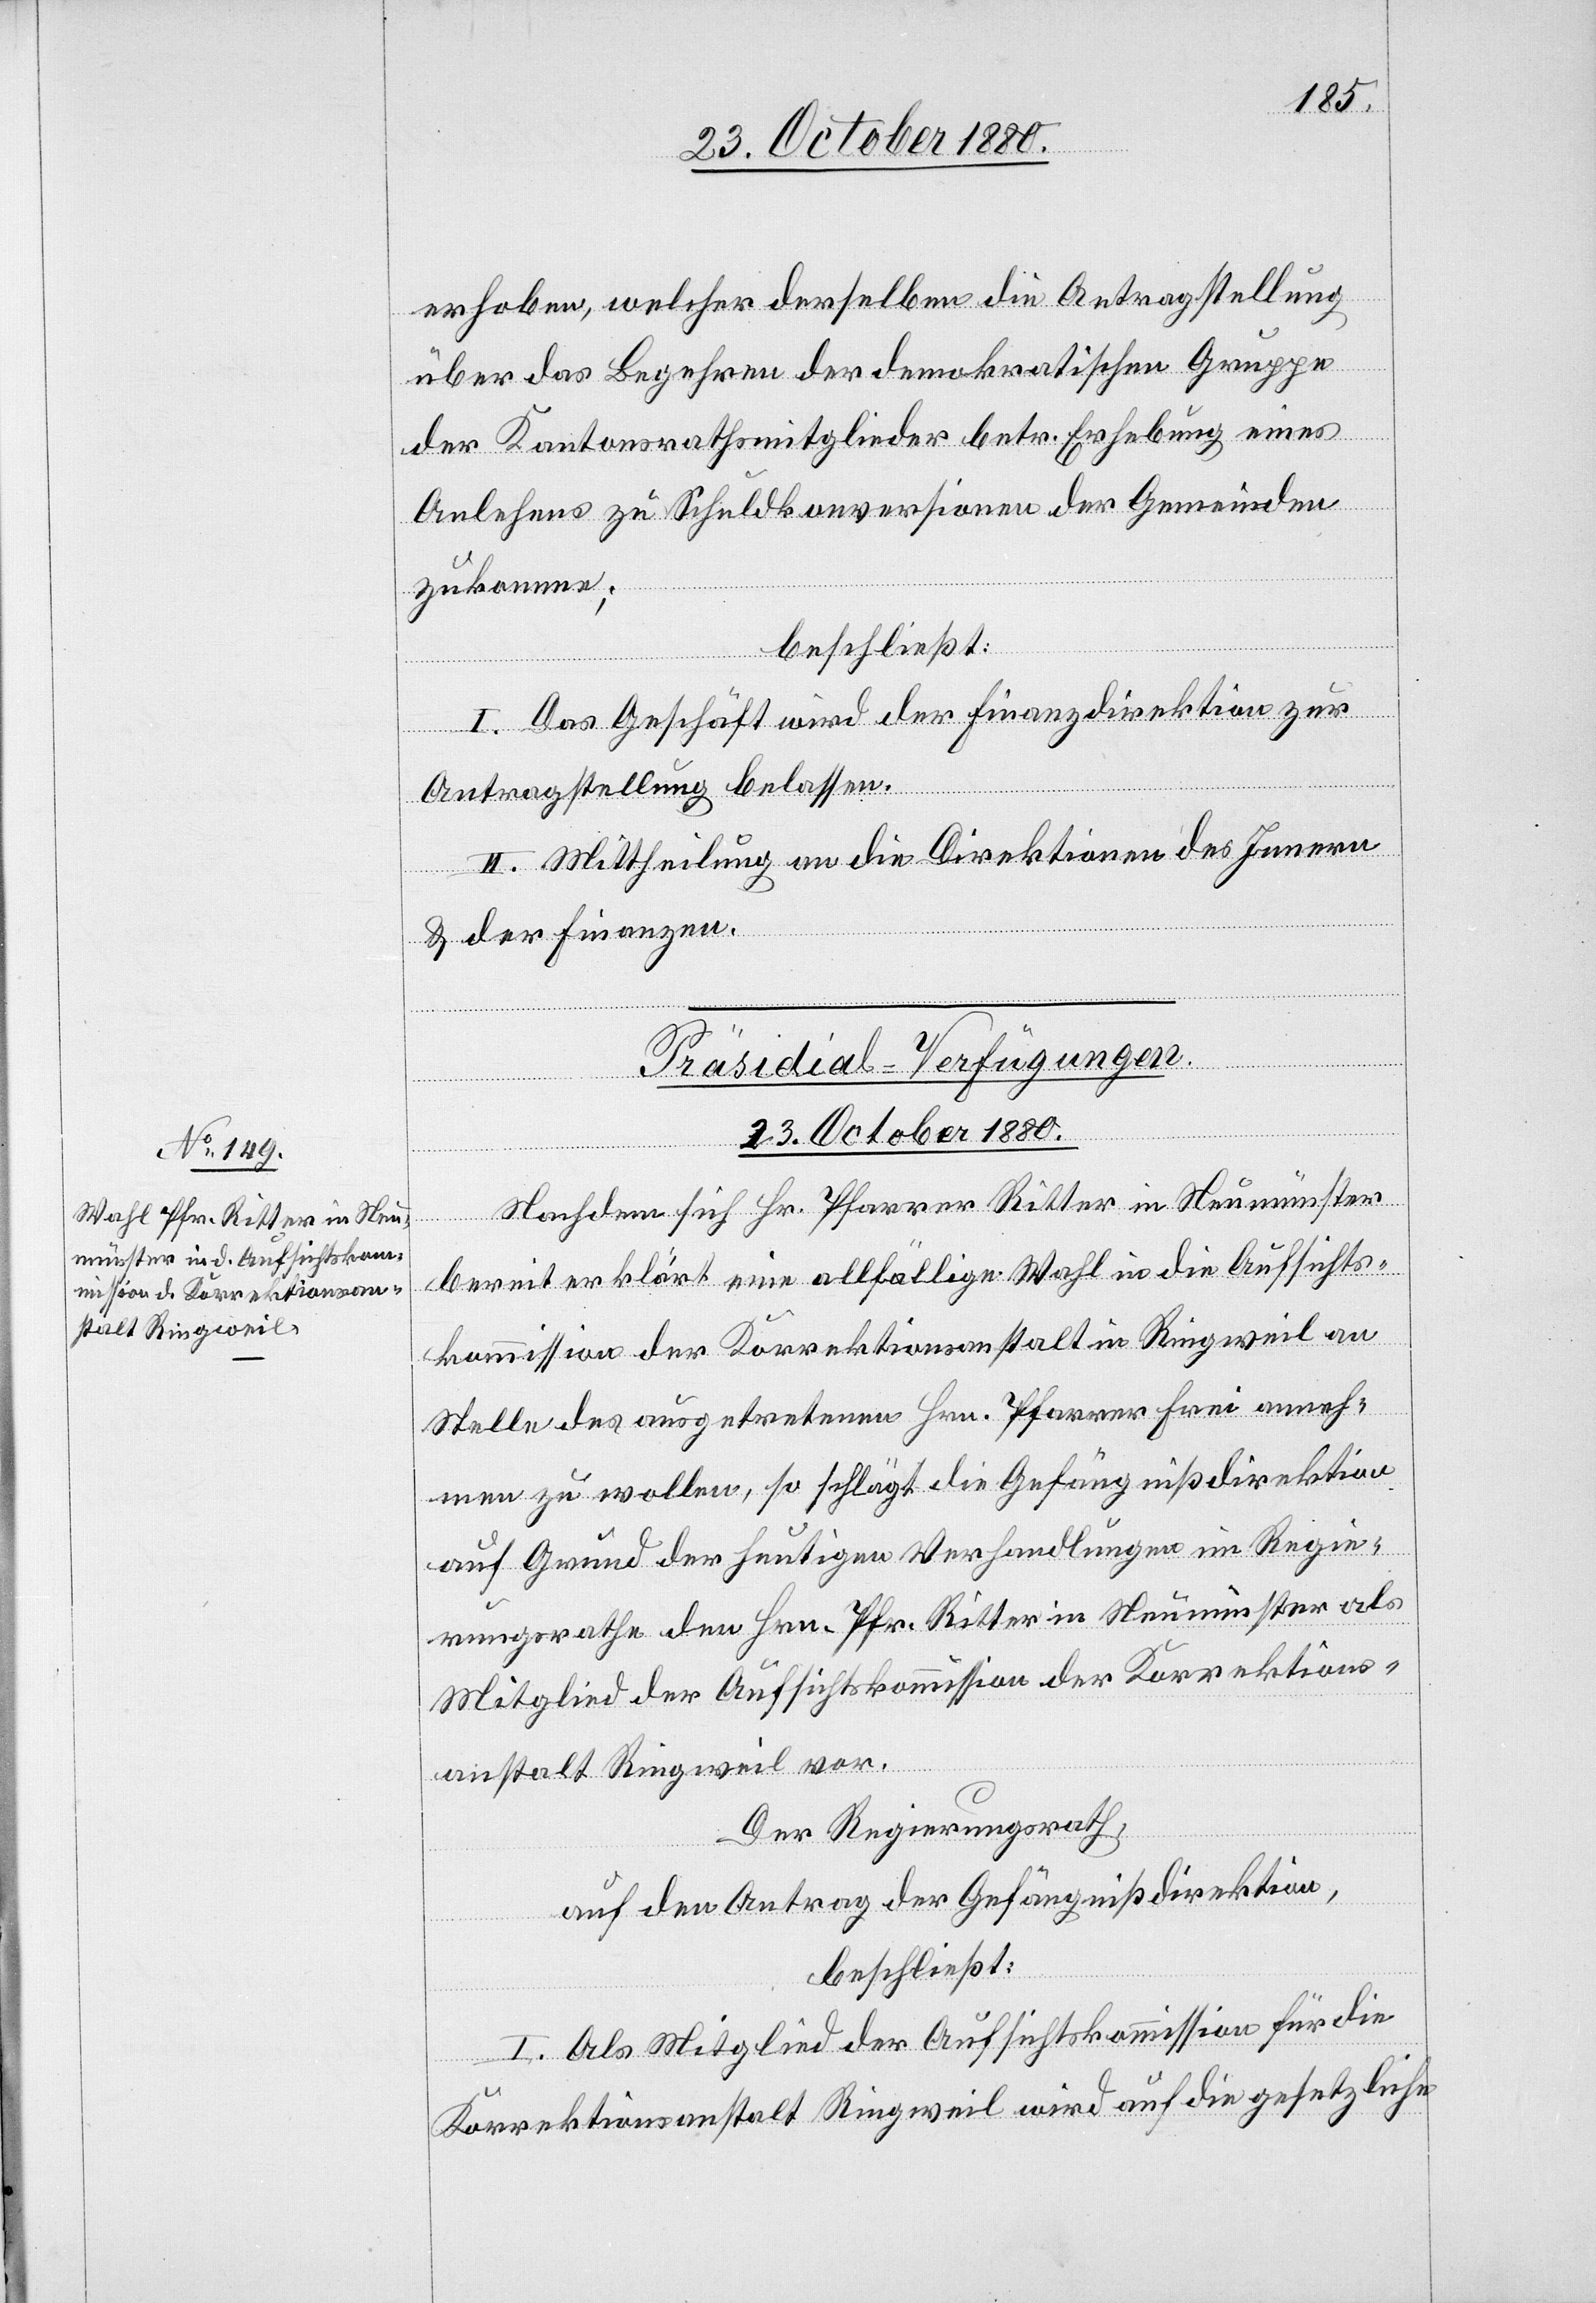
erhoben, welcher derselben die Antragstellung
der Kantonsrathsmitglieder betr. Erhebung eines
Anlehens zu Schuldkonversionen der Gemeinden
zukomme;
beschließt:
I. Das Geschäft wird der Finanzdirektion zur
Antragstellung belassen.
II. Mittheilung an die Direktionen des Innern
& der Finanzen.
Präsidial-Verfügungen.
23. October 1880.
chen
Nachdem sich Hr. Pfarrer Ritter in Neumünster
bereit erklärt eine allfällige Wahl in die Aufsichts¬
kommission der Korrektionsanstalt in Ringweil an
Stelle des ausgetretenen Hrn. Pfarrer Frei anneh¬
men zu wollen, so schlägt die Gefängnißdirektion
auf Grund der heutigen Verhandlungen im Regie¬
rungsrathe den Hrn. Pfr. Ritter in Neumünster als
Mitglied der Aufsichtskommission der Korrektions¬
anstalt Ringweil vor.
Der Regierungsrath,
auf den Antrag der Gefängnißdirektion,
beschließt:
I. Als Mitglied der Aufsichtskommission für die
Korrektionsanstalt Ringweil wird auf die gesetzliche